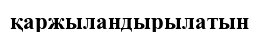
қаржыландырылатын